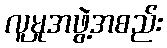
လူမှုအဖွဲ့အစည်း